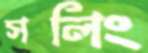
সলিং